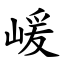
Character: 嵈